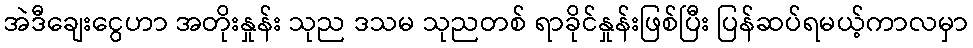
အဲဒီချေးငွေဟာ အတိုးနှုန်း သုည ဒသမ သုညတစ် ရာခိုင်နှုန်းဖြစ်ပြီး ပြန်ဆပ်ရမယ့်ကာလမှာ